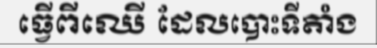
ធ្វើពីឈើ ដែលបោះទីតាំង